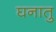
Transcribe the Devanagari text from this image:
घनातु